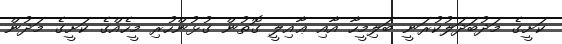
ކަށީގެ މަދުބަދަލުކުރަނީ ބަލިމީހާ އާއި ޢާއިލީ ގޮތުން ގުޅުންހުރި މީހެއްގެ ކަށީގެ މަދުން